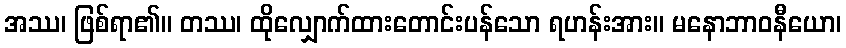
အဿ၊ ဖြစ်ရာ၏။ တဿ၊ ထိုလျှောက်ထားတောင်းပန်သော ရဟန်းအား။ မနောဘာဝနီယော၊